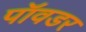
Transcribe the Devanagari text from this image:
पॉवडर